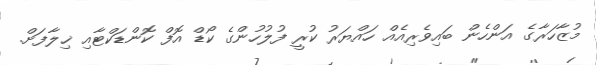
މުޒާހަރާގެ އަންހެން ބައިވެރިއެއް ހައްޔަރު ކުރީ ފުލުހުންގެ ކޯޑް އޮފް ކޮންޑަކްޓާއި ޚިލާފަށް.